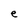
Character: e